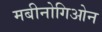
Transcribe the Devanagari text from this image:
मबीनोगिओन